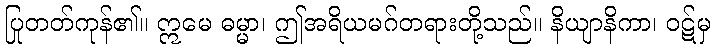
ပြုတတ်ကုန်၏။ ဣမေ ဓမ္မာ၊ ဤအရိယမဂ်တရားတို့သည်။ နိယျာနိကာ၊ ဝဋ်မှ